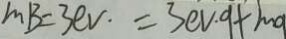
m B = 3 e v \cdot = 3 e v \cdot 9 + m g